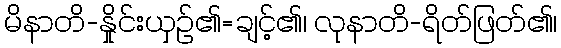
မိနာတိ-နှိုင်းယှဉ်၏=ချင့်၏၊ လုနာတိ-ရိတ်ဖြတ်၏၊